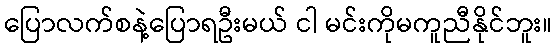
ပြောလက်စနဲ့ပြောရဦးမယ် ငါ မင်းကိုမကူညီနိုင်ဘူး။